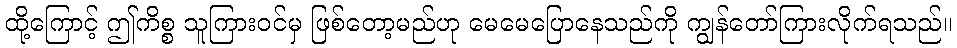
ထို့ကြောင့် ဤကိစ္စ သူကြားဝင်မှ ဖြစ်တော့မည်ဟု မေမေပြောနေသည်ကို ကျွန်တော်ကြားလိုက်ရသည်။